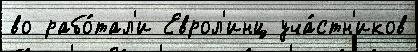
во рабо́тал'и Еврол'инц уча́стн'иков